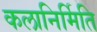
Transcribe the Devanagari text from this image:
कलानिर्मिति